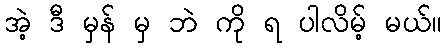
အဲ့ ဒီ မှန် မှ ဘဲ ကို ရ ပါလိမ့် မယ်။